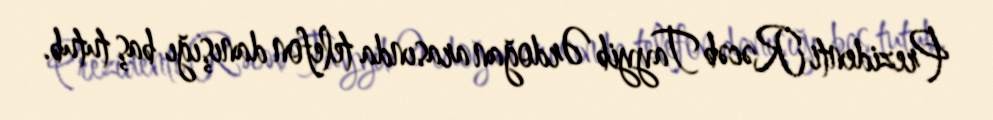
Prezidenti Rəcəb Tayyib Ərdoğan arasında telefon danışığı baş tutub.